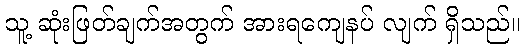
သူ့ ဆုံးဖြတ်ချက်အတွက် အားရကျေနပ် လျက် ရှိသည်။